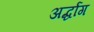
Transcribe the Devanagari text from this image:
अर्द्धांग